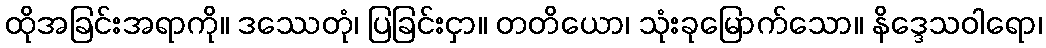
ထိုအခြင်းအရာကို။ ဒဿေတုံ၊ ပြခြင်းငှာ။ တတိယော၊ သုံးခုမြောက်သော။ နိဒ္ဒေသဝါရော၊